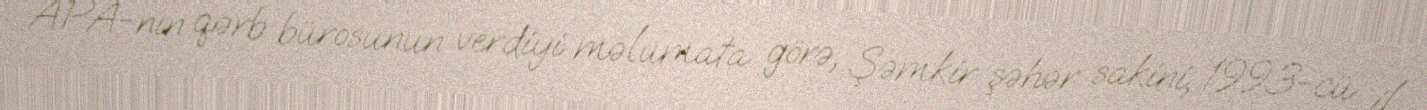
APA-nın qərb bürosunun verdiyi məlumata görə, Şəmkir şəhər sakini, 1993-cü il